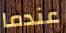
عندما